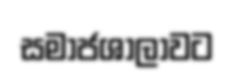
සමාජශාලාවට